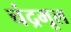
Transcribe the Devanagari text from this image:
चंद्रमूल